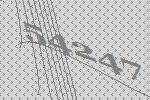
54247